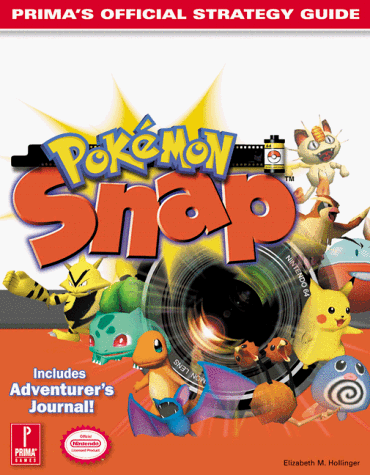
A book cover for Pokemon Snap: Prima's Official Strategy Guide; Elizabeth Hollinger; Computers & Technology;